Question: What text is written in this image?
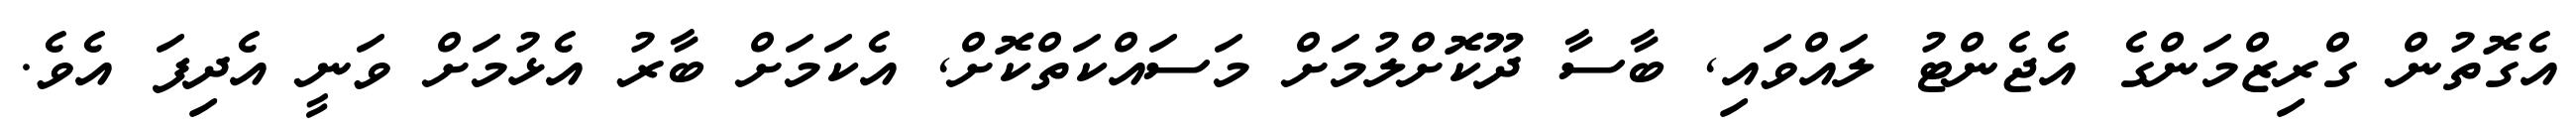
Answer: އެގޮތުން ގްރިޒްމަންގެ އެޖެންޓު ލައްވައި, ބާސާ ދޫކޮށްލުމަށް މަސައްކަތްކޮށް, އެކަމަށް ބާރު އެޅުމަށް ވަނީ އެދިފަ އެވެ.